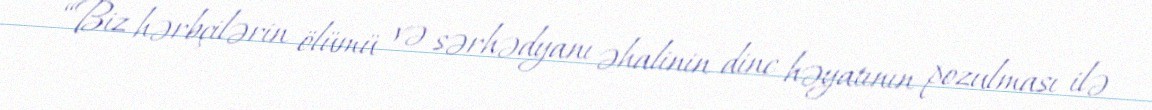
“Biz hərbçilərin ölümü və sərhədyanı əhalinin dinc həyatının pozulması ilə